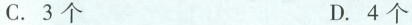
C. 3个 D. 4个